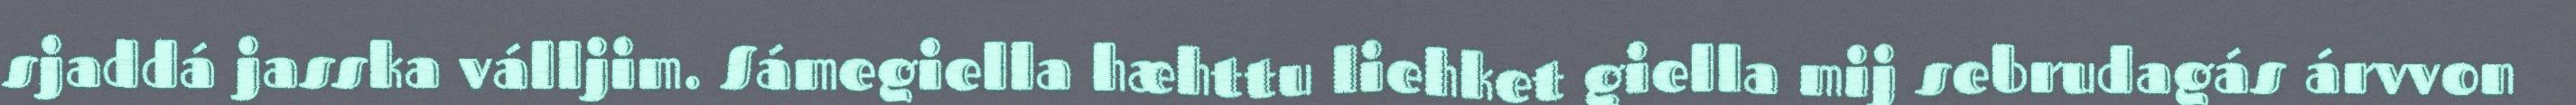
sjaddá jasska válljim. Sámegiella hæhttu liehket giella mij sebrudagás árvvon